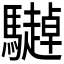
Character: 𱄹